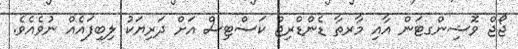
ޖޯޖް ވޮޝިންގޓަން އާއި މާރތާ ޑެންޑްރިޖް ކަސްޓިސް އަށް ދަރިޔަކު ލިބިފައެއް ނުވެއެވެ.